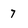
Character: 7